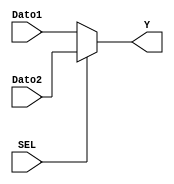
`timescale 1ns / 1ps
//////////////////////////////////////////////////////////////////////////////////
// Company: 
// 
// Design Name: 
// Module Name: Mux_2a1 
// Project Name: 
// Target Devices: 
// Tool Versions: 
// Description: 
// 
// Dependencies: 
// 
// Revision:
// Revision 0.01 - File Created
// Additional Comments:
// 
//////////////////////////////////////////////////////////////////////////////////


module Mux_2a1(
    input SEL,
    input [5:0] Dato1, Dato2,
    output [5:0] Y
    );
    
    assign Y = SEL ? Dato2 : Dato1;
    
endmodule